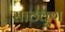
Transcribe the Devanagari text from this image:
साठवूण